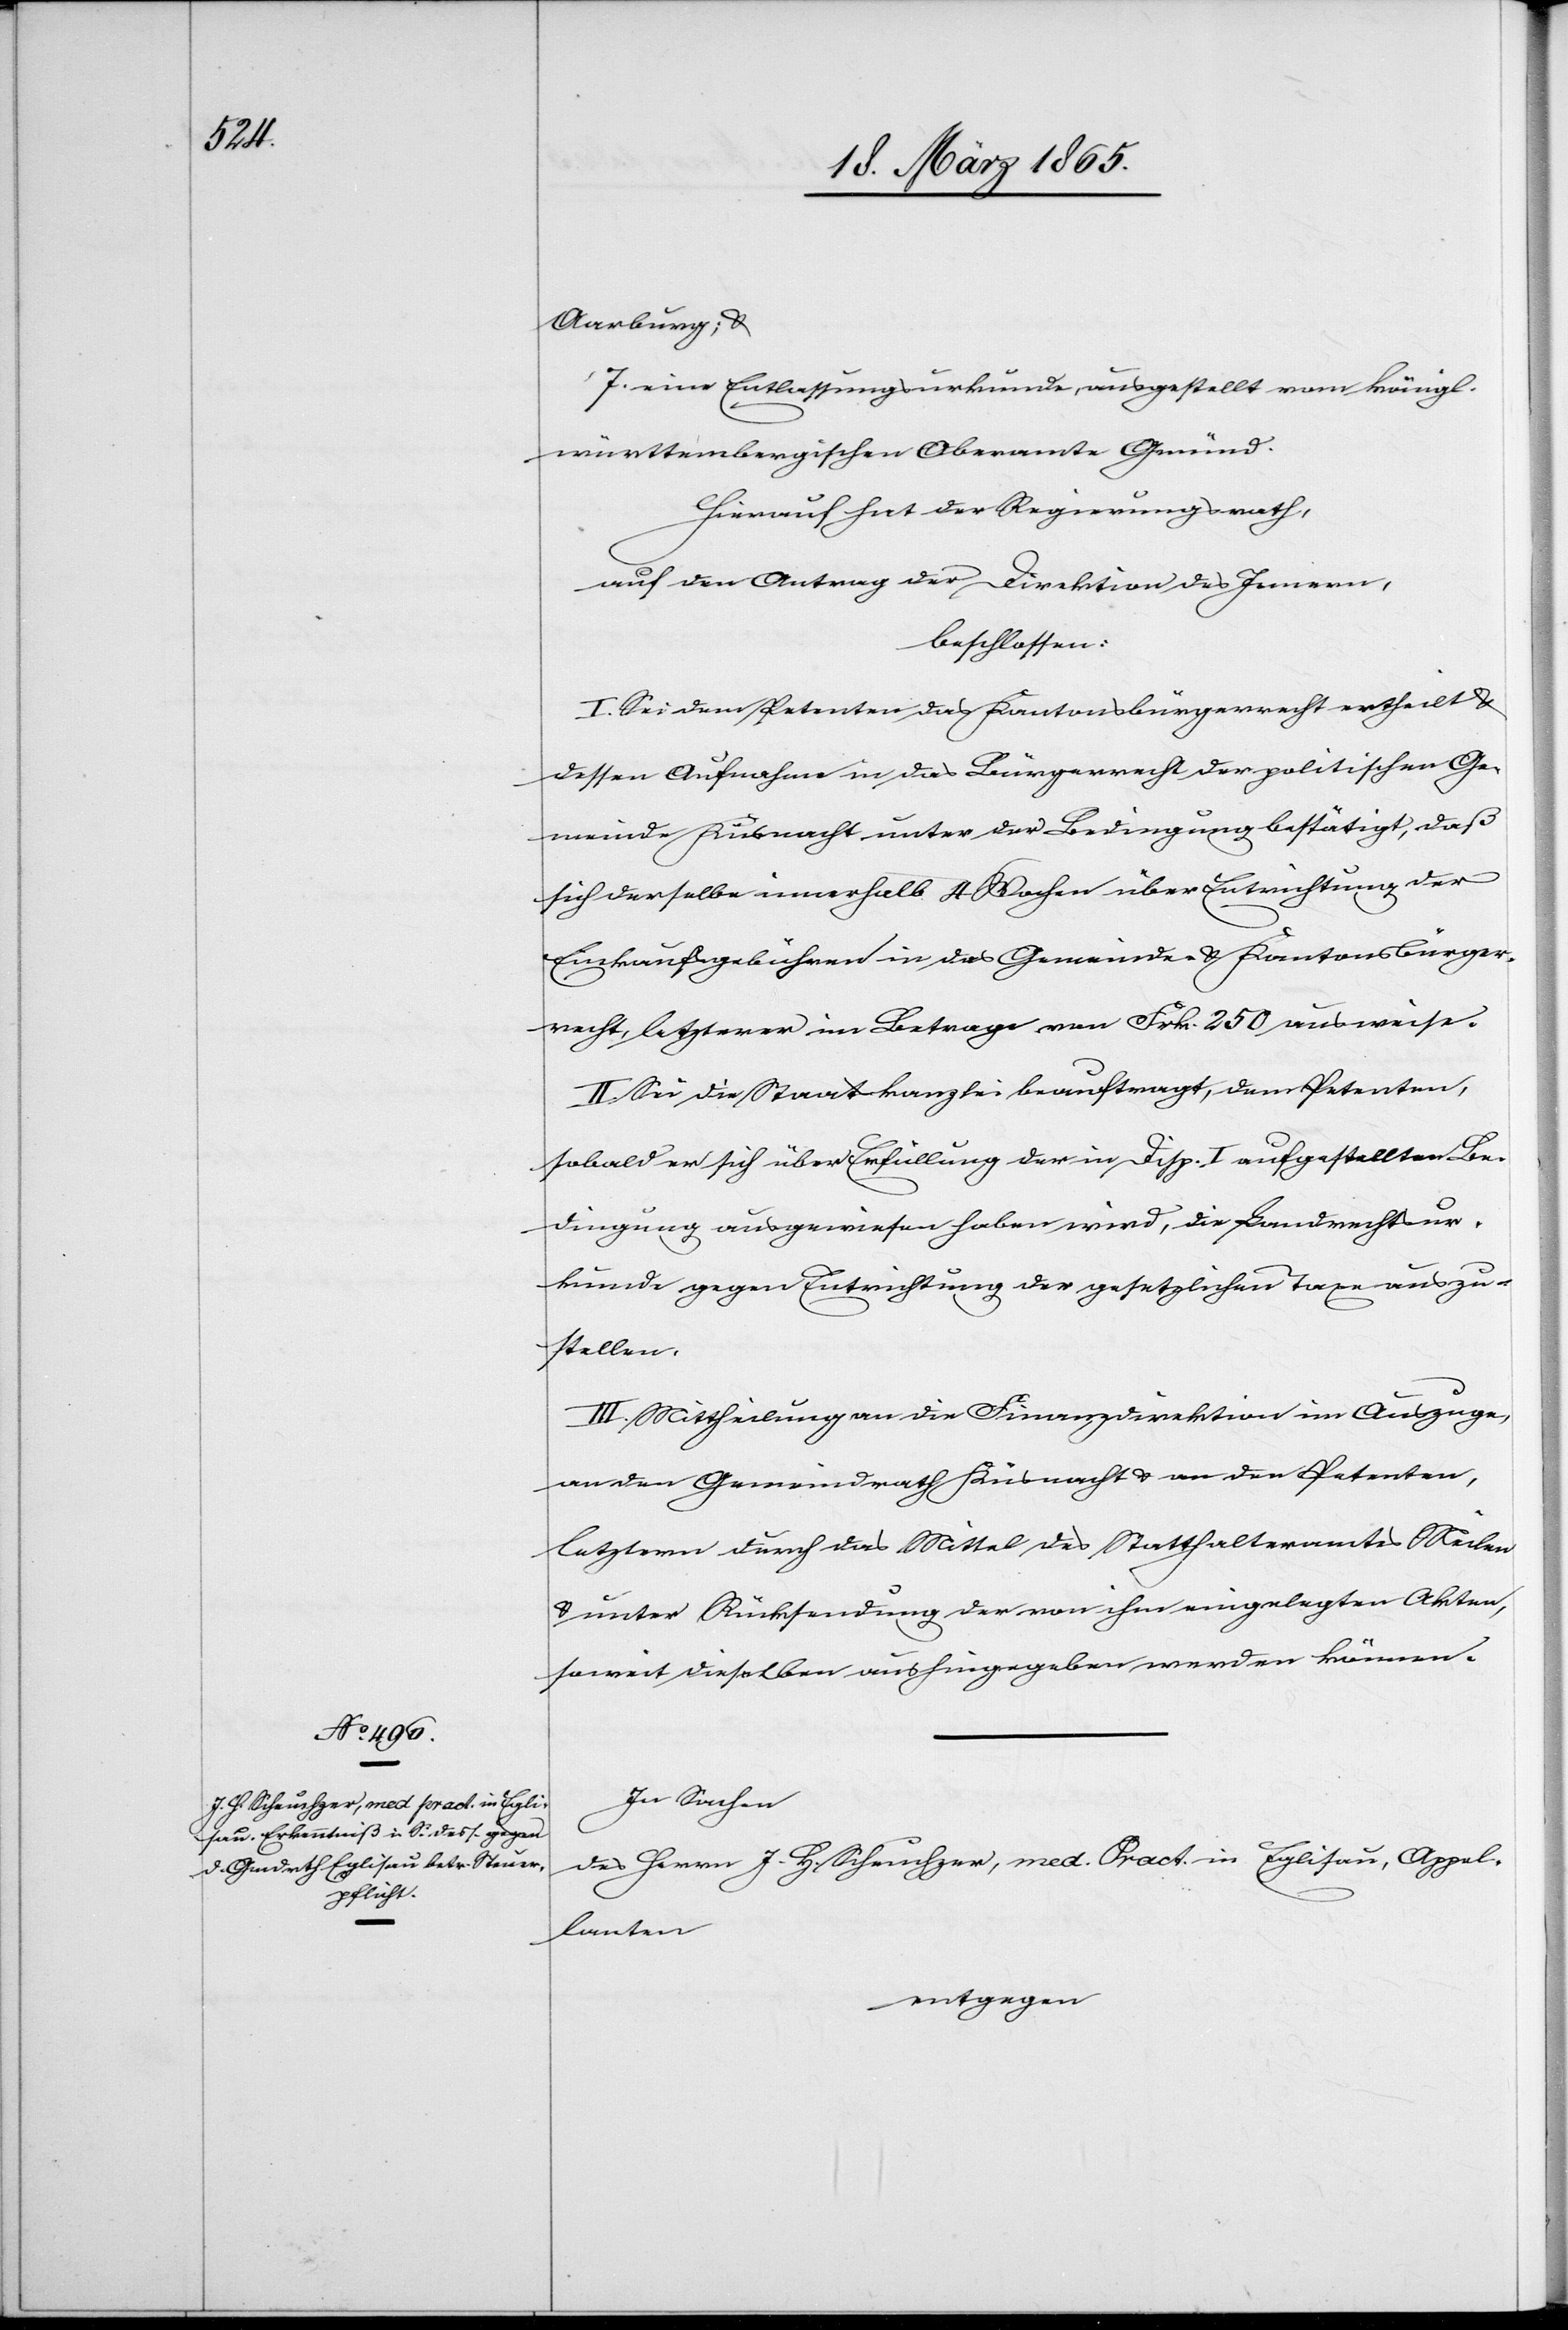
Aarburg; &
7. eine Entlassungsurkunde, ausgestellt vom königl.
württembergischen Oberamte Gmünd.
Hierauf hat der Regierungsrath,
auf den Antrag der Direktion des Innern,
beschlossen:
I. Sei dem Petenten das Kantonsbürgerrecht ertheilt &
dessen Aufnahme in das Bürgerrecht der politischen Ge¬
meinde Küsnacht unter der Bedingung bestätigt, daß
sich derselbe innerhalb 4 Wochen über Entrichtung der
Einkaufsgebühren in das Gemeinde- & Kantonsbürger¬
recht, letzterer im Betrage von Frk.250 ausweise.
II. Sei die Staatskanzlei beauftragt, dem Petenten,
sobald er sich über Erfüllung der in Disp. I aufgestellten Be¬
dingung ausgewiesen haben wird, die Landrechtsur¬
kunde gegen Entrichtung der gesetzlichen Taxe auszu¬
stellen.
III. Mittheilung an die Finanzdirektion im Auszuge,
an den Gemeindrath Küsnacht & an den Petenten,
letzterm durch das Mittel des Statthalteramtes Meilen
& unter Rücksendung der von ihm eingelegten Akten,
soweit dieselben aushingegeben werden können.
In Sachen
des Herrn J. H. Scheuchzer, med. Pract. in Eglisau, Appel¬
lanten
entgegen